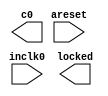
// megafunction wizard: %ALTPLL%VBB%
// GENERATION: STANDARD
// VERSION: WM1.0
// MODULE: altpll 

// ============================================================
// Megafunction Name(s):
// 			altpll
//
// Simulation Library Files(s):
// 			altera_mf
// ============================================================
// ************************************************************
// THIS IS A WIZARD-GENERATED FILE. DO NOT EDIT THIS FILE!
//
// 20.1.0 Build 711 06/05/2020 SJ Lite Edition
// ************************************************************

//Copyright (C) 2020  Intel Corporation. All rights reserved.
//Your use of Intel Corporation's design tools, logic functions 
//and other software and tools, and any partner logic 
//functions, and any output files from any of the foregoing 
//(including device programming or simulation files), and any 
//associated documentation or information are expressly subject 
//to the terms and conditions of the Intel Program License 
//Subscription Agreement, the Intel Quartus Prime License Agreement,
//the Intel FPGA IP License Agreement, or other applicable license
//agreement, including, without limitation, that your use is for
//the sole purpose of programming logic devices manufactured by
//Intel and sold by Intel or its authorized distributors.  Please
//refer to the applicable agreement for further details, at
//https://fpgasoftware.intel.com/eula.

module pll (
	areset,
	inclk0,
	c0,
	locked);

	input	  areset;
	input	  inclk0;
	output	  c0;
	output	  locked;
`ifndef ALTERA_RESERVED_QIS
// synopsys translate_off
`endif
	tri0	  areset;
`ifndef ALTERA_RESERVED_QIS
// synopsys translate_on
`endif

endmodule

// ============================================================
// CNX file retrieval info
// ============================================================
// Retrieval info: PRIVATE: ACTIVECLK_CHECK STRING "0"
// Retrieval info: PRIVATE: BANDWIDTH STRING "1.000"
// Retrieval info: PRIVATE: BANDWIDTH_FEATURE_ENABLED STRING "1"
// Retrieval info: PRIVATE: BANDWIDTH_FREQ_UNIT STRING "MHz"
// Retrieval info: PRIVATE: BANDWIDTH_PRESET STRING "Low"
// Retrieval info: PRIVATE: BANDWIDTH_USE_AUTO STRING "1"
// Retrieval info: PRIVATE: BANDWIDTH_USE_PRESET STRING "0"
// Retrieval info: PRIVATE: CLKBAD_SWITCHOVER_CHECK STRING "0"
// Retrieval info: PRIVATE: CLKLOSS_CHECK STRING "0"
// Retrieval info: PRIVATE: CLKSWITCH_CHECK STRING "0"
// Retrieval info: PRIVATE: CNX_NO_COMPENSATE_RADIO STRING "0"
// Retrieval info: PRIVATE: CREATE_CLKBAD_CHECK STRING "0"
// Retrieval info: PRIVATE: CREATE_INCLK1_CHECK STRING "0"
// Retrieval info: PRIVATE: CUR_DEDICATED_CLK STRING "c0"
// Retrieval info: PRIVATE: CUR_FBIN_CLK STRING "c0"
// Retrieval info: PRIVATE: DEVICE_SPEED_GRADE STRING "6"
// Retrieval info: PRIVATE: DIV_FACTOR0 NUMERIC "1"
// Retrieval info: PRIVATE: DUTY_CYCLE0 STRING "50.00000000"
// Retrieval info: PRIVATE: EFF_OUTPUT_FREQ_VALUE0 STRING "50.000000"
// Retrieval info: PRIVATE: EXPLICIT_SWITCHOVER_COUNTER STRING "0"
// Retrieval info: PRIVATE: EXT_FEEDBACK_RADIO STRING "0"
// Retrieval info: PRIVATE: GLOCKED_COUNTER_EDIT_CHANGED STRING "1"
// Retrieval info: PRIVATE: GLOCKED_FEATURE_ENABLED STRING "0"
// Retrieval info: PRIVATE: GLOCKED_MODE_CHECK STRING "0"
// Retrieval info: PRIVATE: GLOCK_COUNTER_EDIT NUMERIC "1048575"
// Retrieval info: PRIVATE: HAS_MANUAL_SWITCHOVER STRING "1"
// Retrieval info: PRIVATE: INCLK0_FREQ_EDIT STRING "50.000"
// Retrieval info: PRIVATE: INCLK0_FREQ_UNIT_COMBO STRING "MHz"
// Retrieval info: PRIVATE: INCLK1_FREQ_EDIT STRING "100.000"
// Retrieval info: PRIVATE: INCLK1_FREQ_EDIT_CHANGED STRING "1"
// Retrieval info: PRIVATE: INCLK1_FREQ_UNIT_CHANGED STRING "1"
// Retrieval info: PRIVATE: INCLK1_FREQ_UNIT_COMBO STRING "MHz"
// Retrieval info: PRIVATE: INTENDED_DEVICE_FAMILY STRING "Cyclone IV E"
// Retrieval info: PRIVATE: INT_FEEDBACK__MODE_RADIO STRING "1"
// Retrieval info: PRIVATE: LOCKED_OUTPUT_CHECK STRING "1"
// Retrieval info: PRIVATE: LONG_SCAN_RADIO STRING "1"
// Retrieval info: PRIVATE: LVDS_MODE_DATA_RATE STRING "Not Available"
// Retrieval info: PRIVATE: LVDS_MODE_DATA_RATE_DIRTY NUMERIC "0"
// Retrieval info: PRIVATE: LVDS_PHASE_SHIFT_UNIT0 STRING "deg"
// Retrieval info: PRIVATE: MIG_DEVICE_SPEED_GRADE STRING "Any"
// Retrieval info: PRIVATE: MIRROR_CLK0 STRING "0"
// Retrieval info: PRIVATE: MULT_FACTOR0 NUMERIC "1"
// Retrieval info: PRIVATE: NORMAL_MODE_RADIO STRING "1"
// Retrieval info: PRIVATE: OUTPUT_FREQ0 STRING "50.00000000"
// Retrieval info: PRIVATE: OUTPUT_FREQ_MODE0 STRING "1"
// Retrieval info: PRIVATE: OUTPUT_FREQ_UNIT0 STRING "MHz"
// Retrieval info: PRIVATE: PHASE_RECONFIG_FEATURE_ENABLED STRING "1"
// Retrieval info: PRIVATE: PHASE_RECONFIG_INPUTS_CHECK STRING "0"
// Retrieval info: PRIVATE: PHASE_SHIFT0 STRING "0.00000000"
// Retrieval info: PRIVATE: PHASE_SHIFT_STEP_ENABLED_CHECK STRING "0"
// Retrieval info: PRIVATE: PHASE_SHIFT_UNIT0 STRING "deg"
// Retrieval info: PRIVATE: PLL_ADVANCED_PARAM_CHECK STRING "0"
// Retrieval info: PRIVATE: PLL_ARESET_CHECK STRING "1"
// Retrieval info: PRIVATE: PLL_AUTOPLL_CHECK NUMERIC "1"
// Retrieval info: PRIVATE: PLL_ENHPLL_CHECK NUMERIC "0"
// Retrieval info: PRIVATE: PLL_FASTPLL_CHECK NUMERIC "0"
// Retrieval info: PRIVATE: PLL_FBMIMIC_CHECK STRING "0"
// Retrieval info: PRIVATE: PLL_LVDS_PLL_CHECK NUMERIC "0"
// Retrieval info: PRIVATE: PLL_PFDENA_CHECK STRING "0"
// Retrieval info: PRIVATE: PLL_TARGET_HARCOPY_CHECK NUMERIC "0"
// Retrieval info: PRIVATE: PRIMARY_CLK_COMBO STRING "inclk0"
// Retrieval info: PRIVATE: RECONFIG_FILE STRING "pll.mif"
// Retrieval info: PRIVATE: SACN_INPUTS_CHECK STRING "0"
// Retrieval info: PRIVATE: SCAN_FEATURE_ENABLED STRING "1"
// Retrieval info: PRIVATE: SELF_RESET_LOCK_LOSS STRING "0"
// Retrieval info: PRIVATE: SHORT_SCAN_RADIO STRING "0"
// Retrieval info: PRIVATE: SPREAD_FEATURE_ENABLED STRING "0"
// Retrieval info: PRIVATE: SPREAD_FREQ STRING "50.000"
// Retrieval info: PRIVATE: SPREAD_FREQ_UNIT STRING "KHz"
// Retrieval info: PRIVATE: SPREAD_PERCENT STRING "0.500"
// Retrieval info: PRIVATE: SPREAD_USE STRING "0"
// Retrieval info: PRIVATE: SRC_SYNCH_COMP_RADIO STRING "0"
// Retrieval info: PRIVATE: STICKY_CLK0 STRING "1"
// Retrieval info: PRIVATE: SWITCHOVER_COUNT_EDIT NUMERIC "1"
// Retrieval info: PRIVATE: SWITCHOVER_FEATURE_ENABLED STRING "1"
// Retrieval info: PRIVATE: SYNTH_WRAPPER_GEN_POSTFIX STRING "0"
// Retrieval info: PRIVATE: USE_CLK0 STRING "1"
// Retrieval info: PRIVATE: USE_CLKENA0 STRING "0"
// Retrieval info: PRIVATE: USE_MIL_SPEED_GRADE NUMERIC "0"
// Retrieval info: PRIVATE: ZERO_DELAY_RADIO STRING "0"
// Retrieval info: LIBRARY: altera_mf altera_mf.altera_mf_components.all
// Retrieval info: CONSTANT: BANDWIDTH_TYPE STRING "AUTO"
// Retrieval info: CONSTANT: CLK0_DIVIDE_BY NUMERIC "1"
// Retrieval info: CONSTANT: CLK0_DUTY_CYCLE NUMERIC "50"
// Retrieval info: CONSTANT: CLK0_MULTIPLY_BY NUMERIC "1"
// Retrieval info: CONSTANT: CLK0_PHASE_SHIFT STRING "0"
// Retrieval info: CONSTANT: COMPENSATE_CLOCK STRING "CLK0"
// Retrieval info: CONSTANT: INCLK0_INPUT_FREQUENCY NUMERIC "20000"
// Retrieval info: CONSTANT: INTENDED_DEVICE_FAMILY STRING "Cyclone IV E"
// Retrieval info: CONSTANT: LPM_TYPE STRING "altpll"
// Retrieval info: CONSTANT: OPERATION_MODE STRING "NORMAL"
// Retrieval info: CONSTANT: PLL_TYPE STRING "AUTO"
// Retrieval info: CONSTANT: PORT_ACTIVECLOCK STRING "PORT_UNUSED"
// Retrieval info: CONSTANT: PORT_ARESET STRING "PORT_USED"
// Retrieval info: CONSTANT: PORT_CLKBAD0 STRING "PORT_UNUSED"
// Retrieval info: CONSTANT: PORT_CLKBAD1 STRING "PORT_UNUSED"
// Retrieval info: CONSTANT: PORT_CLKLOSS STRING "PORT_UNUSED"
// Retrieval info: CONSTANT: PORT_CLKSWITCH STRING "PORT_UNUSED"
// Retrieval info: CONSTANT: PORT_CONFIGUPDATE STRING "PORT_UNUSED"
// Retrieval info: CONSTANT: PORT_FBIN STRING "PORT_UNUSED"
// Retrieval info: CONSTANT: PORT_INCLK0 STRING "PORT_USED"
// Retrieval info: CONSTANT: PORT_INCLK1 STRING "PORT_UNUSED"
// Retrieval info: CONSTANT: PORT_LOCKED STRING "PORT_USED"
// Retrieval info: CONSTANT: PORT_PFDENA STRING "PORT_UNUSED"
// Retrieval info: CONSTANT: PORT_PHASECOUNTERSELECT STRING "PORT_UNUSED"
// Retrieval info: CONSTANT: PORT_PHASEDONE STRING "PORT_UNUSED"
// Retrieval info: CONSTANT: PORT_PHASESTEP STRING "PORT_UNUSED"
// Retrieval info: CONSTANT: PORT_PHASEUPDOWN STRING "PORT_UNUSED"
// Retrieval info: CONSTANT: PORT_PLLENA STRING "PORT_UNUSED"
// Retrieval info: CONSTANT: PORT_SCANACLR STRING "PORT_UNUSED"
// Retrieval info: CONSTANT: PORT_SCANCLK STRING "PORT_UNUSED"
// Retrieval info: CONSTANT: PORT_SCANCLKENA STRING "PORT_UNUSED"
// Retrieval info: CONSTANT: PORT_SCANDATA STRING "PORT_UNUSED"
// Retrieval info: CONSTANT: PORT_SCANDATAOUT STRING "PORT_UNUSED"
// Retrieval info: CONSTANT: PORT_SCANDONE STRING "PORT_UNUSED"
// Retrieval info: CONSTANT: PORT_SCANREAD STRING "PORT_UNUSED"
// Retrieval info: CONSTANT: PORT_SCANWRITE STRING "PORT_UNUSED"
// Retrieval info: CONSTANT: PORT_clk0 STRING "PORT_USED"
// Retrieval info: CONSTANT: PORT_clk1 STRING "PORT_UNUSED"
// Retrieval info: CONSTANT: PORT_clk2 STRING "PORT_UNUSED"
// Retrieval info: CONSTANT: PORT_clk3 STRING "PORT_UNUSED"
// Retrieval info: CONSTANT: PORT_clk4 STRING "PORT_UNUSED"
// Retrieval info: CONSTANT: PORT_clk5 STRING "PORT_UNUSED"
// Retrieval info: CONSTANT: PORT_clkena0 STRING "PORT_UNUSED"
// Retrieval info: CONSTANT: PORT_clkena1 STRING "PORT_UNUSED"
// Retrieval info: CONSTANT: PORT_clkena2 STRING "PORT_UNUSED"
// Retrieval info: CONSTANT: PORT_clkena3 STRING "PORT_UNUSED"
// Retrieval info: CONSTANT: PORT_clkena4 STRING "PORT_UNUSED"
// Retrieval info: CONSTANT: PORT_clkena5 STRING "PORT_UNUSED"
// Retrieval info: CONSTANT: PORT_extclk0 STRING "PORT_UNUSED"
// Retrieval info: CONSTANT: PORT_extclk1 STRING "PORT_UNUSED"
// Retrieval info: CONSTANT: PORT_extclk2 STRING "PORT_UNUSED"
// Retrieval info: CONSTANT: PORT_extclk3 STRING "PORT_UNUSED"
// Retrieval info: CONSTANT: SELF_RESET_ON_LOSS_LOCK STRING "OFF"
// Retrieval info: CONSTANT: WIDTH_CLOCK NUMERIC "5"
// Retrieval info: USED_PORT: @clk 0 0 5 0 OUTPUT_CLK_EXT VCC "@clk[4..0]"
// Retrieval info: USED_PORT: areset 0 0 0 0 INPUT GND "areset"
// Retrieval info: USED_PORT: c0 0 0 0 0 OUTPUT_CLK_EXT VCC "c0"
// Retrieval info: USED_PORT: inclk0 0 0 0 0 INPUT_CLK_EXT GND "inclk0"
// Retrieval info: USED_PORT: locked 0 0 0 0 OUTPUT GND "locked"
// Retrieval info: CONNECT: @areset 0 0 0 0 areset 0 0 0 0
// Retrieval info: CONNECT: @inclk 0 0 1 1 GND 0 0 0 0
// Retrieval info: CONNECT: @inclk 0 0 1 0 inclk0 0 0 0 0
// Retrieval info: CONNECT: c0 0 0 0 0 @clk 0 0 1 0
// Retrieval info: CONNECT: locked 0 0 0 0 @locked 0 0 0 0
// Retrieval info: GEN_FILE: TYPE_NORMAL pll.v TRUE
// Retrieval info: GEN_FILE: TYPE_NORMAL pll.ppf TRUE
// Retrieval info: GEN_FILE: TYPE_NORMAL pll.inc FALSE
// Retrieval info: GEN_FILE: TYPE_NORMAL pll.cmp FALSE
// Retrieval info: GEN_FILE: TYPE_NORMAL pll.bsf FALSE
// Retrieval info: GEN_FILE: TYPE_NORMAL pll_inst.v FALSE
// Retrieval info: GEN_FILE: TYPE_NORMAL pll_bb.v TRUE
// Retrieval info: LIB_FILE: altera_mf
// Retrieval info: CBX_MODULE_PREFIX: ON